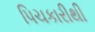
પિચકારીથી